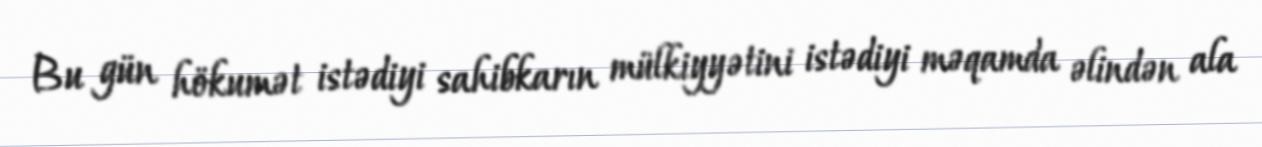
Bu gün hökumət istədiyi sahibkarın mülkiyyətini istədiyi məqamda əlindən ala